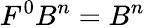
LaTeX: F^{0}B^{n}=B^{n}